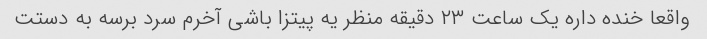
واقعا خنده داره یک ساعت ۲۳ دقیقه منظر یه پیتزا باشی آخرم سرد برسه به دستت